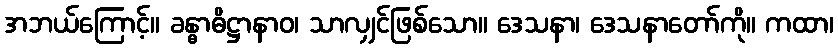
အဘယ်ကြောင့်။ ခန္ဓာဓိဋ္ဌာနာဝ၊ သာလျှင်ဖြစ်သော။ ဒေသနာ၊ ဒေသနာတော်ကို။ ကထာ၊